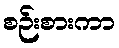
စဉ်းစားကာ